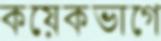
কয়েকভাগে